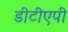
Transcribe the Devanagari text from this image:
डीटीएपी